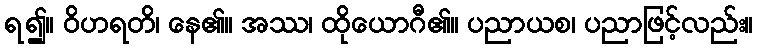
ရ၍။ ဝိဟရတိ၊ နေ၏။ အဿ၊ ထိုယောဂီ၏။ ပညာယစ၊ ပညာဖြင့်လည်း။